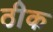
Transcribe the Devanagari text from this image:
ठीेक